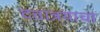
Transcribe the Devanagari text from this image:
दत्तात्रयाचा